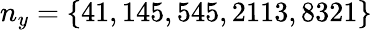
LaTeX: n_{y}=\{ 41,145,545,2113,8321\}